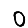
Digit: 0